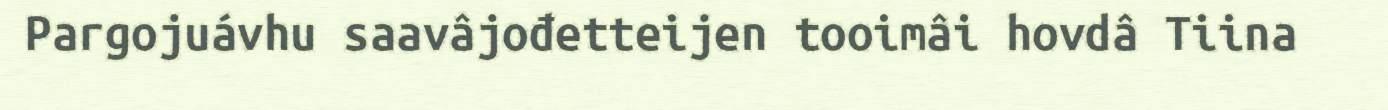
Pargojuávhu saavâjođetteijen tooimâi hovdâ Tiina